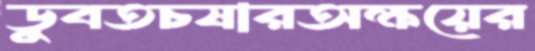
ডুবতচষারঅক্ষয়ের